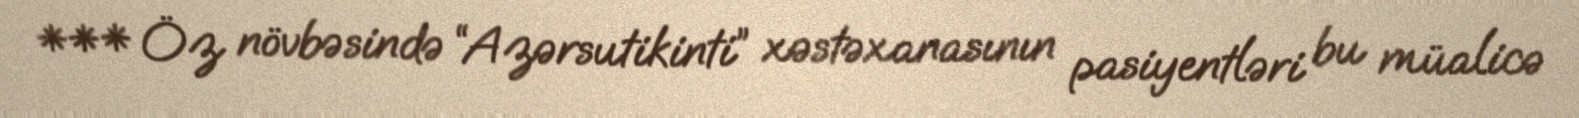
*** Öz növbəsində “Azərsutikinti” xəstəxanasının pasiyentləri bu müalicə